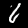
Label: 6